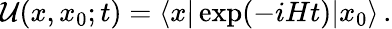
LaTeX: {\cal U}(x,x_{0};t)=\langle x\vert\exp(-iHt)\vert x_{0}\rangle\, .